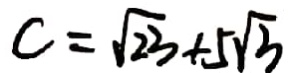
c = \sqrt { 2 3 } + 5 \sqrt { 3 }